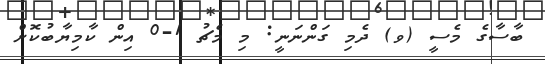
ބާސާގެ މެސީ (ވ) ދެމި ގަންނަނީ: މި މެޗު 1-0 އިން ކާމިޔާބުކޮށް